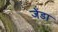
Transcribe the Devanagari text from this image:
जेंडा